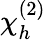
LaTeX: \chi_{h}^{(2)}